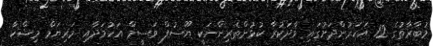
މުބާރާތުގެ 12 އަހަރުންދަށުގައި ވާދަކުރާ ކުޅުންތެރިންނަކީ ޔޫސުފް ވަސީމް އަހުމަދާއި މަރިޔަމް މިޝްކާ